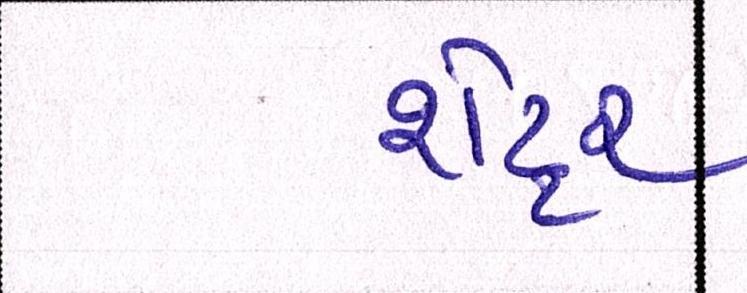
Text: શેટ્ટર